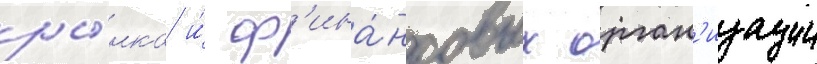
ры́нка и́ ф'ина́нсовых орган'изации